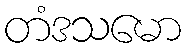
တံဒသမော